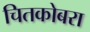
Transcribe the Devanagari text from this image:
चितकोबरा